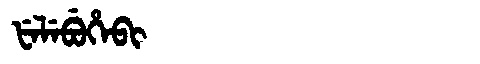
Manchu: ᡶᡝᠯᡝᠪᡠᡥᡝᠪᡳ
Romanization: FELEBUHEBI